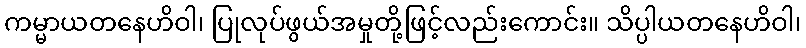
ကမ္မာယတနေဟိဝါ၊ ပြုလုပ်ဖွယ်အမှုတို့ဖြင့်လည်းကောင်း။ သိပ္ပါယတနေဟိဝါ၊